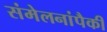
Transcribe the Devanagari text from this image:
संमेलनांपैकी